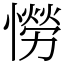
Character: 憦